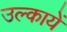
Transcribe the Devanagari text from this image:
उल्कायें